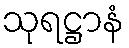
သုရဋ္ဌာနံ